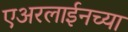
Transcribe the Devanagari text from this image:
एअरलाईनच्या